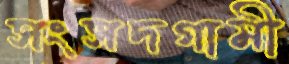
সংসদগামী